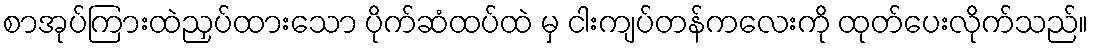
စာအုပ်ကြားထဲညှပ်ထားသော ပိုက်ဆံထပ်ထဲ မှ ငါးကျပ်တန်ကလေးကို ထုတ်ပေးလိုက်သည်။